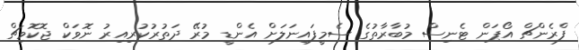
ފްރެންޗް އޯޕަން ޓެނިސް މުބާރާތުގެ ސެމީފައިނަލަށް އެންޑީ މުރޭ ދަތުރުކުރިއިރު ނޮވަކް ޖޮކޮވިޗް